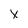
Character: X